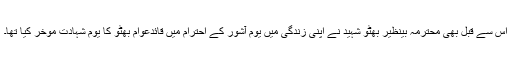
اس سے قبل بھی محترمہ بینظیر بھٹو شہید نے اپنی زندگی میں یوم آشور کے احترام میں قائدعوام بھٹو کا یوم شہادت موخر کیا تھا۔